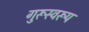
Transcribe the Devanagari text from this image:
गुरूस्वरूप